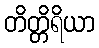
တိတ္တိရိယာ